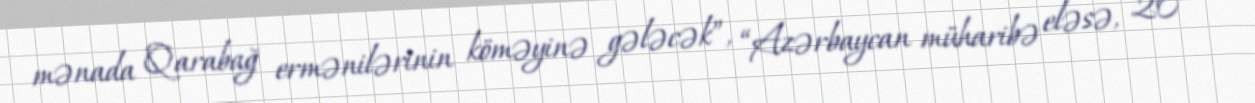
mənada Qarabağ ermənilərinin köməyinə gələcək”, “Azərbaycan müharibə eləsə, 20